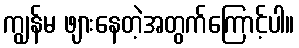
ကျွန်မ ဖျားနေတဲ့အတွက်ကြောင့်ပါ။